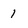
Character: 1